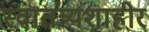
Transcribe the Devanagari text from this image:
स्वातंत्र्यशाहीर